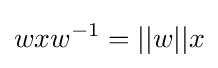
\displaystyle wxw^{-1}=||w||x